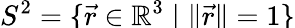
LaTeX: S^{2}=\smash{\{ \vec{r}\in\mathbb{R}^{3}\mid\Vert\vec{r}\Vert=1\} }